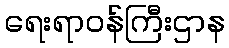
ရေးရာဝန်ကြီးဌာန